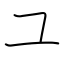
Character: ユ